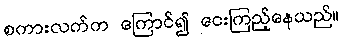
စကားလက်က ကြောင်၍ ငေးကြည့်နေသည်။